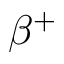
\beta ^ { + }